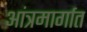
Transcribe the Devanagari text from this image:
आंत्रमार्गात